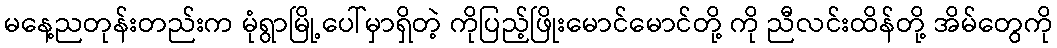
မနေ့ညတုန်းတည်းက မုံရွာမြို့ပေါ်မှာရှိတဲ့ ကိုပြည့်ဖြိုးမောင်မောင်တို့ ကို ညီလင်းထိန်တို့ အိမ်တွေကို